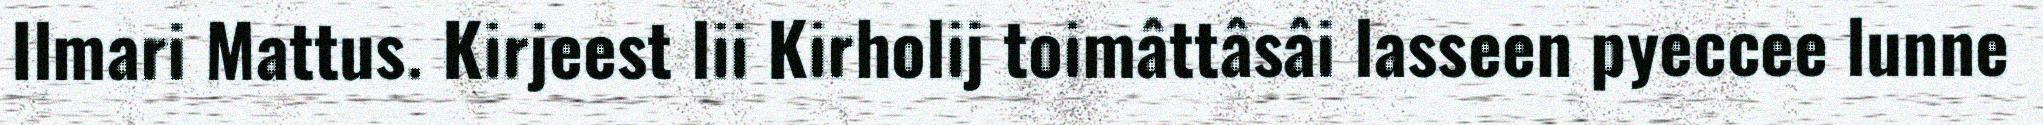
Ilmari Mattus. Kirjeest lii Kirholij toimâttâsâi lasseen pyeccee lunne